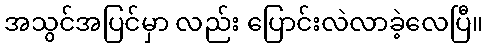
အသွင်အပြင်မှာ လည်း ပြောင်းလဲလာခဲ့လေပြီ။